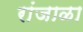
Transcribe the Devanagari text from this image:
रांजाळा